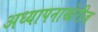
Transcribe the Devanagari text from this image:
अध्यापनाखेरीज